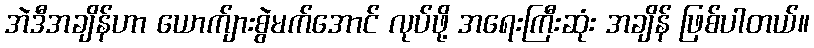
အဲဒီအချိန်ဟာ ယောက်ျားစွဲမက်အောင် လုပ်ဖို့ အရေးကြီးဆုံး အချိန် ဖြစ်ပါတယ်။